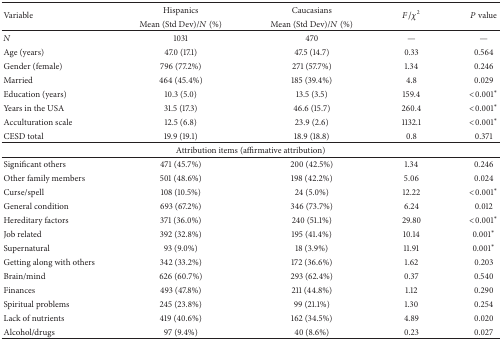
| <ROWSPAN=2> Variable | Hispanics | Caucasians | <ROWSPAN=2> F/χ2 | <ROWSPAN=2> P value |
 | Mean (Std Dev)/N (%) | Mean (Std Dev)/N (%) |
 | --- | --- | --- | --- | --- |
 | N | 1031 | 470 | — | — |
 | Age (years) | 47.0 (17.1) | 47.5 (14.7) | 0.33 | 0.564 |
 | Gender (female) | 796 (77.2%) | 271 (57.7%) | 1.34 | 0.246 |
 | Married | 464 (45.4%) | 185 (39.4%) | 4.8 | 0.029 |
 | Education (years) | 10.3 (5.0) | 13.5 (3.5) | 159.4 | <0.001* |
 | Years in the USA | 31.5 (17.3) | 46.6 (15.7) | 260.4 | <0.001* |
 | Acculturation scale | 12.5 (6.8) | 23.9 (2.6) | 1132.1 | <0.001* |
 | CESD total | 19.9 (19.1) | 18.9 (18.8) | 0.8 | 0.371 |
 | <COLSPAN=5> Attribution items (affirmative attribution) |
 | Significant others | 471 (45.7%) | 200 (42.5%) | 1.34 | 0.246 |
 | Other family members | 501 (48.6%) | 198 (42.2%) | 5.06 | 0.024 |
 | Curse/spell | 108 (10.5%) | 24 (5.0%) | 12.22 | <0.001* |
 | General condition | 693 (67.2%) | 346 (73.7%) | 6.24 | 0.012 |
 | Hereditary factors | 371 (36.0%) | 240 (51.1%) | 29.80 | <0.001* |
 | Job related | 392 (32.8%) | 195 (41.4%) | 10.14 | 0.001* |
 | Supernatural | 93 (9.0%) | 18 (3.9%) | 11.91 | 0.001* |
 | Getting along with others | 342 (33.2%) | 172 (36.6%) | 1.62 | 0.203 |
 | Brain/mind | 626 (60.7%) | 293 (62.4%) | 0.37 | 0.540 |
 | Finances | 493 (47.8%) | 211 (44.8%) | 1.12 | 0.290 |
 | Spiritual problems | 245 (23.8%) | 99 (21.1%) | 1.30 | 0.254 |
 | Lack of nutrients | 419 (40.6%) | 162 (34.5%) | 4.89 | 0.020 |
 | Alcohol/drugs | 97 (9.4%) | 40 (8.6%) | 0.23 | 0.027 |